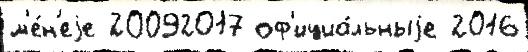
м'е́н'еjе 20092017 оф'ициа́льныjе 2016